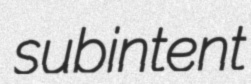
subintent